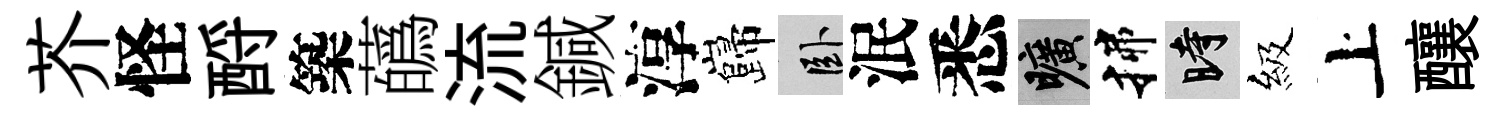
芥怪酹築蘤流鍼淳巋卧泯悉曠揲时級上釀